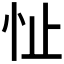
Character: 𪫣